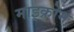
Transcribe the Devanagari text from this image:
माइक्रोम